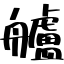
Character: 艫